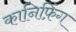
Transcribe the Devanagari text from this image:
कानिफ़िंग